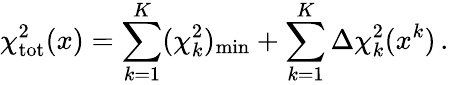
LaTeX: \chi_{\mathrm{tot}}^{2}(x)=\sum_{k=1}^{K}(\chi_{k}^{2})_{\mathrm{min}}+\sum_{k=1}^{K}\Delta\chi_{k}^{2}(x^{k})\, .